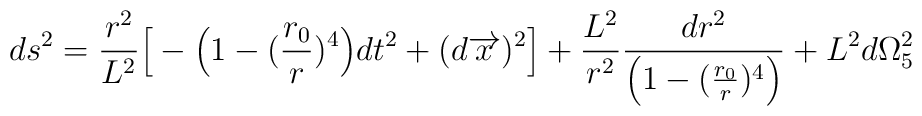
ds^{2} =\frac{r^{2}}{L^{2}}\Big{[}-\Big{(}1-(\frac{r_{0}}{r})^{4}\Big{)}dt^{2}+(d\overrightarrow{x})^{2}\Big{]}+\frac{L^{2}}{r^{2}}\frac{dr^{2}}{\Big{(}1-(\frac{r_{0}}{r})^{4}\Big{)}}+L^{2}d\Omega_{5}^{2}